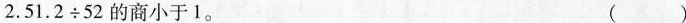
2.51.2÷52的商小于1。 ()